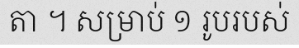
តា ។ សម្រាប់ ១ រូបរបស់